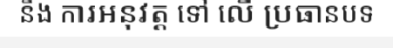
នឹង ការអនុវត្ត ទៅ លើ ប្រធានបទ